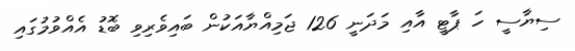
ސިޔާސީ ހަ ޕާޓީ އާއި މަދަނީ 126 ޖަމިއްޔާއަކުން ބައިވެރިވި ބޮޑު އެއްވުމުގައި